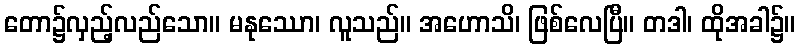
တော၌လှည့်လည်သော။ မနုဿော၊ လူသည်။ အဟောသိ၊ ဖြစ်လေပြီ။ တဒါ၊ ထိုအခါ၌။